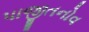
પાજીતનોવ